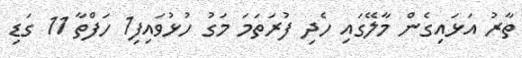
ތާރު އަޅައިގެން މާލޭގައި ހެދި ފުރަތަމަ މަގު ހުޅުވައިފި1 ހަފްތާ 11 ގަޑި